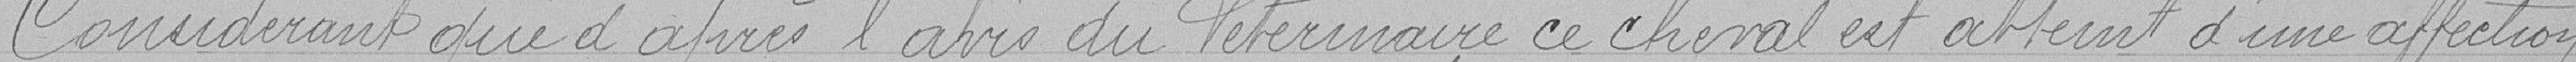
Considérant que d’après l'avis du vétérinaire, ce cheval est atteint d'une affection